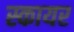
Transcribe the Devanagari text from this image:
स्कायर